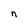
Character: n